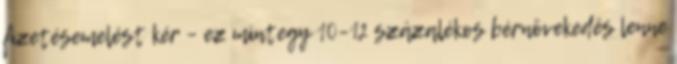
fizetésemelést kér – ez mintegy 10–12 százalékos bérnövekedés lenne